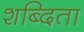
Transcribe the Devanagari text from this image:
शब्दिता